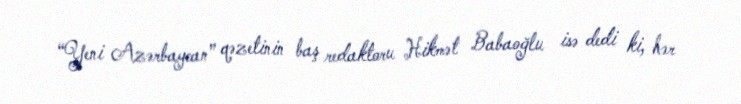
“Yeni Azərbaycan” qəzetinin baş redaktoru Hikmət Babaoğlu isə dedi ki, hər